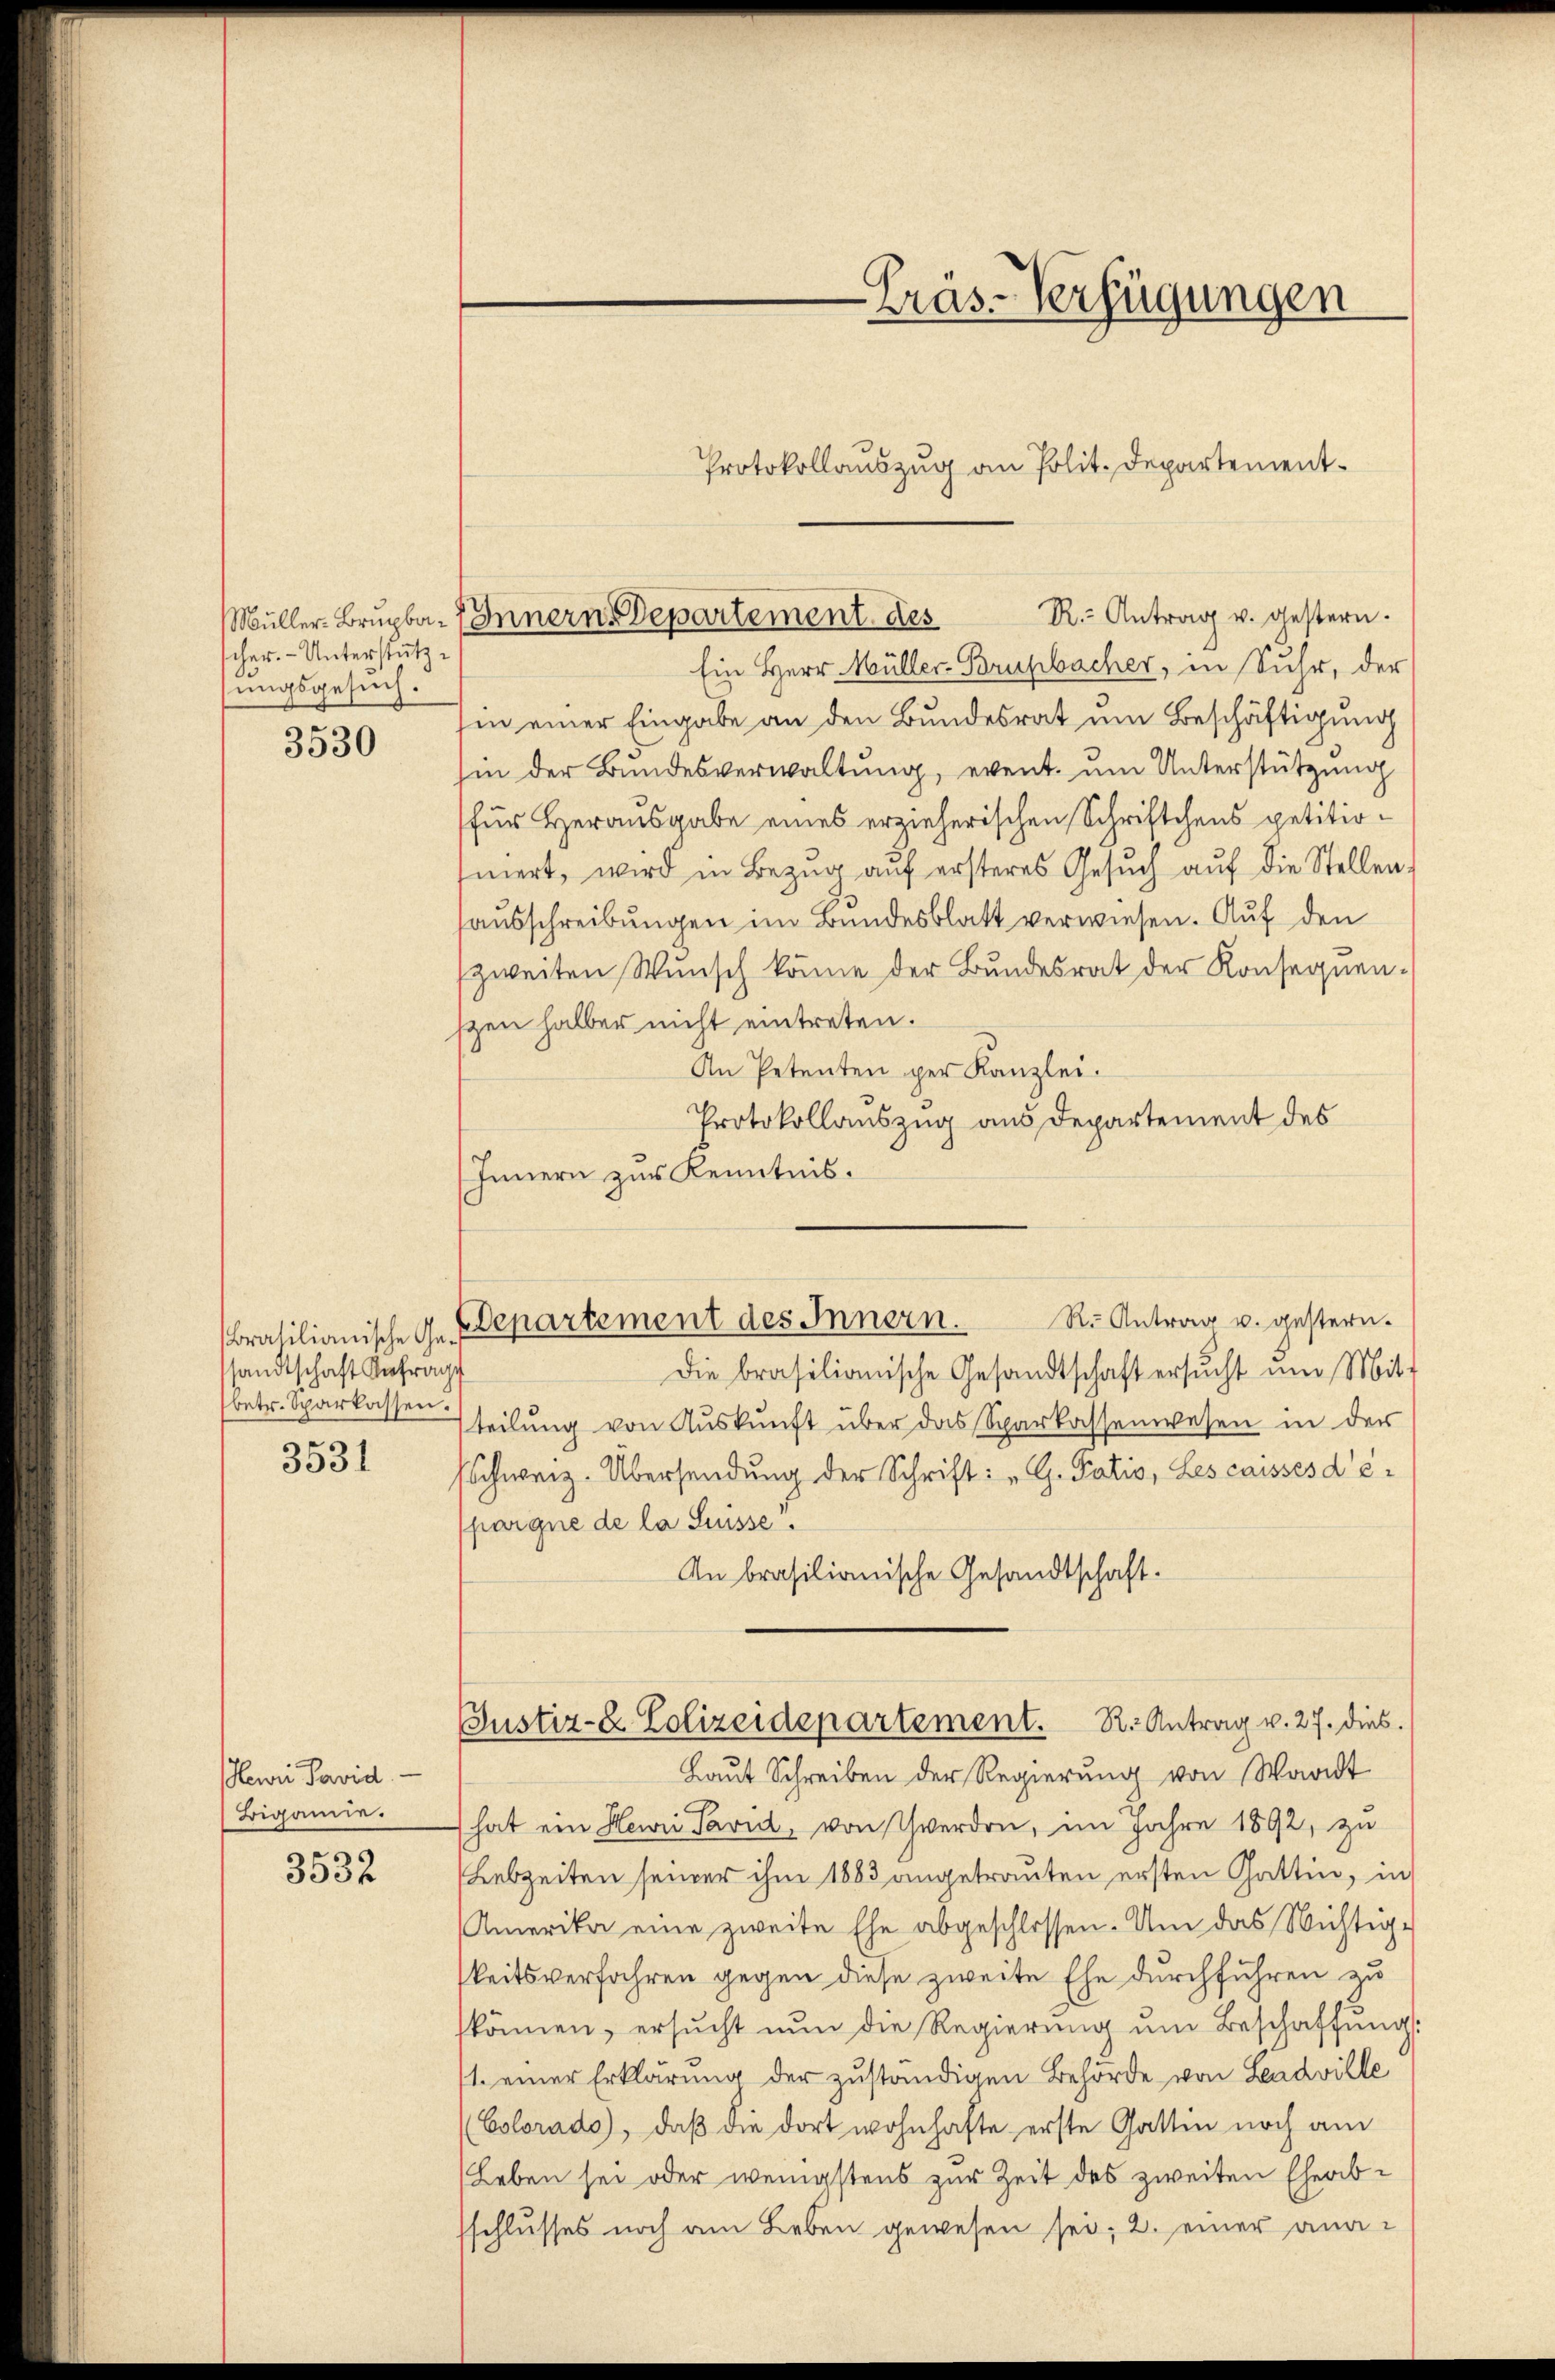
cher. - Unterstützungsgesuch.

3530

Brasilianische Gesandtschaft Anfrage
betr. Sparkassen.
3531

Hewri Pavid
Biganne.

3532

Ein Herr Müller-Brupbacher, in Suhr, der
hin einer Eingabe an den Bundesrat um Beschäftigung
in der Bundesverwaltung, event. um Unterstützung
für Herausgabe eines erzieherischen Schriftchens petitionert, wird in Bezug auf ersteres Gesŭch auf die Stellen.
ausschreibungen im Bundesblatt verwiesen. Auf den
zweiten Wunsch könne der Bundesrat der Konsequen-
szen halber nicht eintreten.
An Petenten per Kanzlei.
Protokollauszug aus Departement des
Innern zur Kenntnis.
R.. Antrag u. gestern.
Die brasilianische Gesandtschaft ersŭcht um Mit-
teilung von Auskunft über das Sparkassenwesen in der
Schweiz. Übersendung der Schrift: „G. Satis, Les caisses d’é
pargne de la Suisse.
An brasilianische Gesandtschaft.
Justiz- & Polizeidepartement. R. Antrag v. 27. dies.
Laut Schreiben der Regierung von Waadt
hat ein Henri Tavid, von werden, im Jahre 1892, zu
Lebzeiten seiner ihm 1883 angetrauten ersten Gattin, in
Amerika eine zweite Ehe abgeschlossen. Um das Wichtig-
keitsverfahren gegen diese zweite Ehe durchführen zu
können, ersucht nun die Regierung um Beschaffung:
1. einer Erklärung der zuständigen Behörde von Leadville
(Colorado, daß die dort wohnhafte erste Gattin noch am
(Leben sei oder wenigstens zur Zeit des zweiten Eheabschlusses noch am Leben gewesen sei; 2. einer ana¬

R.- Antrag u. gestern.
Müller-Brupba- Innern Departement des

Departement des Innern.

Präs-Verfügungen
Protokollauszug an Polit. Departement¬